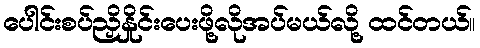
ပေါင်းစပ်ညှိနှိုင်းပေးဖို့လိုအပ်မယ်လို့ ထင်တယ်။